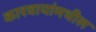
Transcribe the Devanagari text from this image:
कारवायांमधील